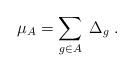
LaTeX: \begin{align*}\mu_A=\sum_{g\in A} \;\Delta_g\;.\end{align*}